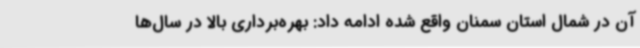
آن در شمال استان سمنان واقع شده ادامه داد: بهره‌برداری بالا در سال‌ها